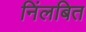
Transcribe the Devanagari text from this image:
निंलबित